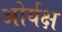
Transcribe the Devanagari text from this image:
ओर्यक्ष